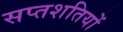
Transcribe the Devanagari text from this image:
सप्तशतियों